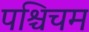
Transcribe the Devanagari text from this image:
पश्चिचम